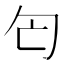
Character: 匄